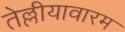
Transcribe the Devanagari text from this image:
तेल्लीयावारम